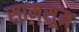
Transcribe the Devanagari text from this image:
सामसूम